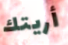
أريتك